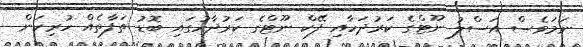
ނަމަވެސް އަސްލު ނޫޓްގެ ކަރުދަހާއި ފޭކް ނޫޓްގެ ކަރުދާހުގައި ބޮޑު ތަފާތެއް ހުރިކަން